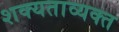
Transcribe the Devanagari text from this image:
शक्यताव्यक्त